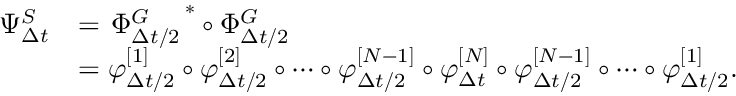
\begin{array} { r l } { \Psi _ { \Delta { t } } ^ { S } } & { = \left. \Phi _ { \Delta { t } / 2 } ^ { G } \right. ^ { \ast } \circ \Phi _ { \Delta { t } / 2 } ^ { G } } \\ & { = \varphi _ { \Delta { t } / 2 } ^ { [ 1 ] } \circ \varphi _ { \Delta { t } / 2 } ^ { [ 2 ] } \circ \cdots \circ \varphi _ { \Delta { t } / 2 } ^ { [ N - 1 ] } \circ \varphi _ { \Delta { t } } ^ { [ N ] } \circ \varphi _ { \Delta { t } / 2 } ^ { [ N - 1 ] } \circ \cdots \circ \varphi _ { \Delta { t } / 2 } ^ { [ 1 ] } . } \end{array}